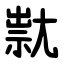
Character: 㞊